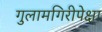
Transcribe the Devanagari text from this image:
गुलामगिरीपेक्षा